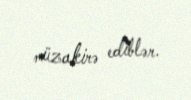
müzakirə ediblər.